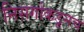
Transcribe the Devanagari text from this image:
निसर्गाकडूनच